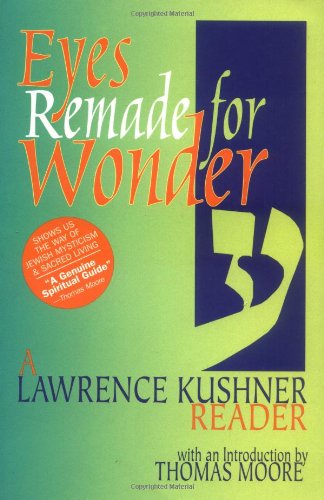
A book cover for Eyes Remade for Wonder: A Lawrence Kushner Reader; Lawrence Kushner; Religion & Spirituality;